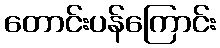
တောင်းပန်ကြောင်း